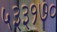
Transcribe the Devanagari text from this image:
५३३१७०